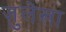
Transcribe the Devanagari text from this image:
ज़ुलेखा